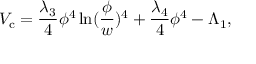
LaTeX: V _ { \mathrm { c } } = { \frac { \lambda _ { 3 } } { 4 } } \phi ^ { 4 } \ln ( { \frac { \phi } { w } } ) ^ { 4 } + { \frac { \lambda _ { 4 } } { 4 } } \phi ^ { 4 } - \Lambda _ { 1 } ,